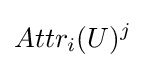
Attr_{i}(U)^{j}